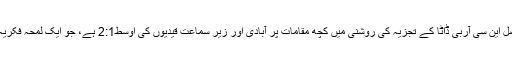
دراصل این سی آربی ڈاٹا کے تجزیہ کی روشنی میں کچھ مقامات پر آبادی اور زیر سماعت قیدیوں کی اوسط2:1 ہے، جو ایک لمحہ فکریہ ہے۔